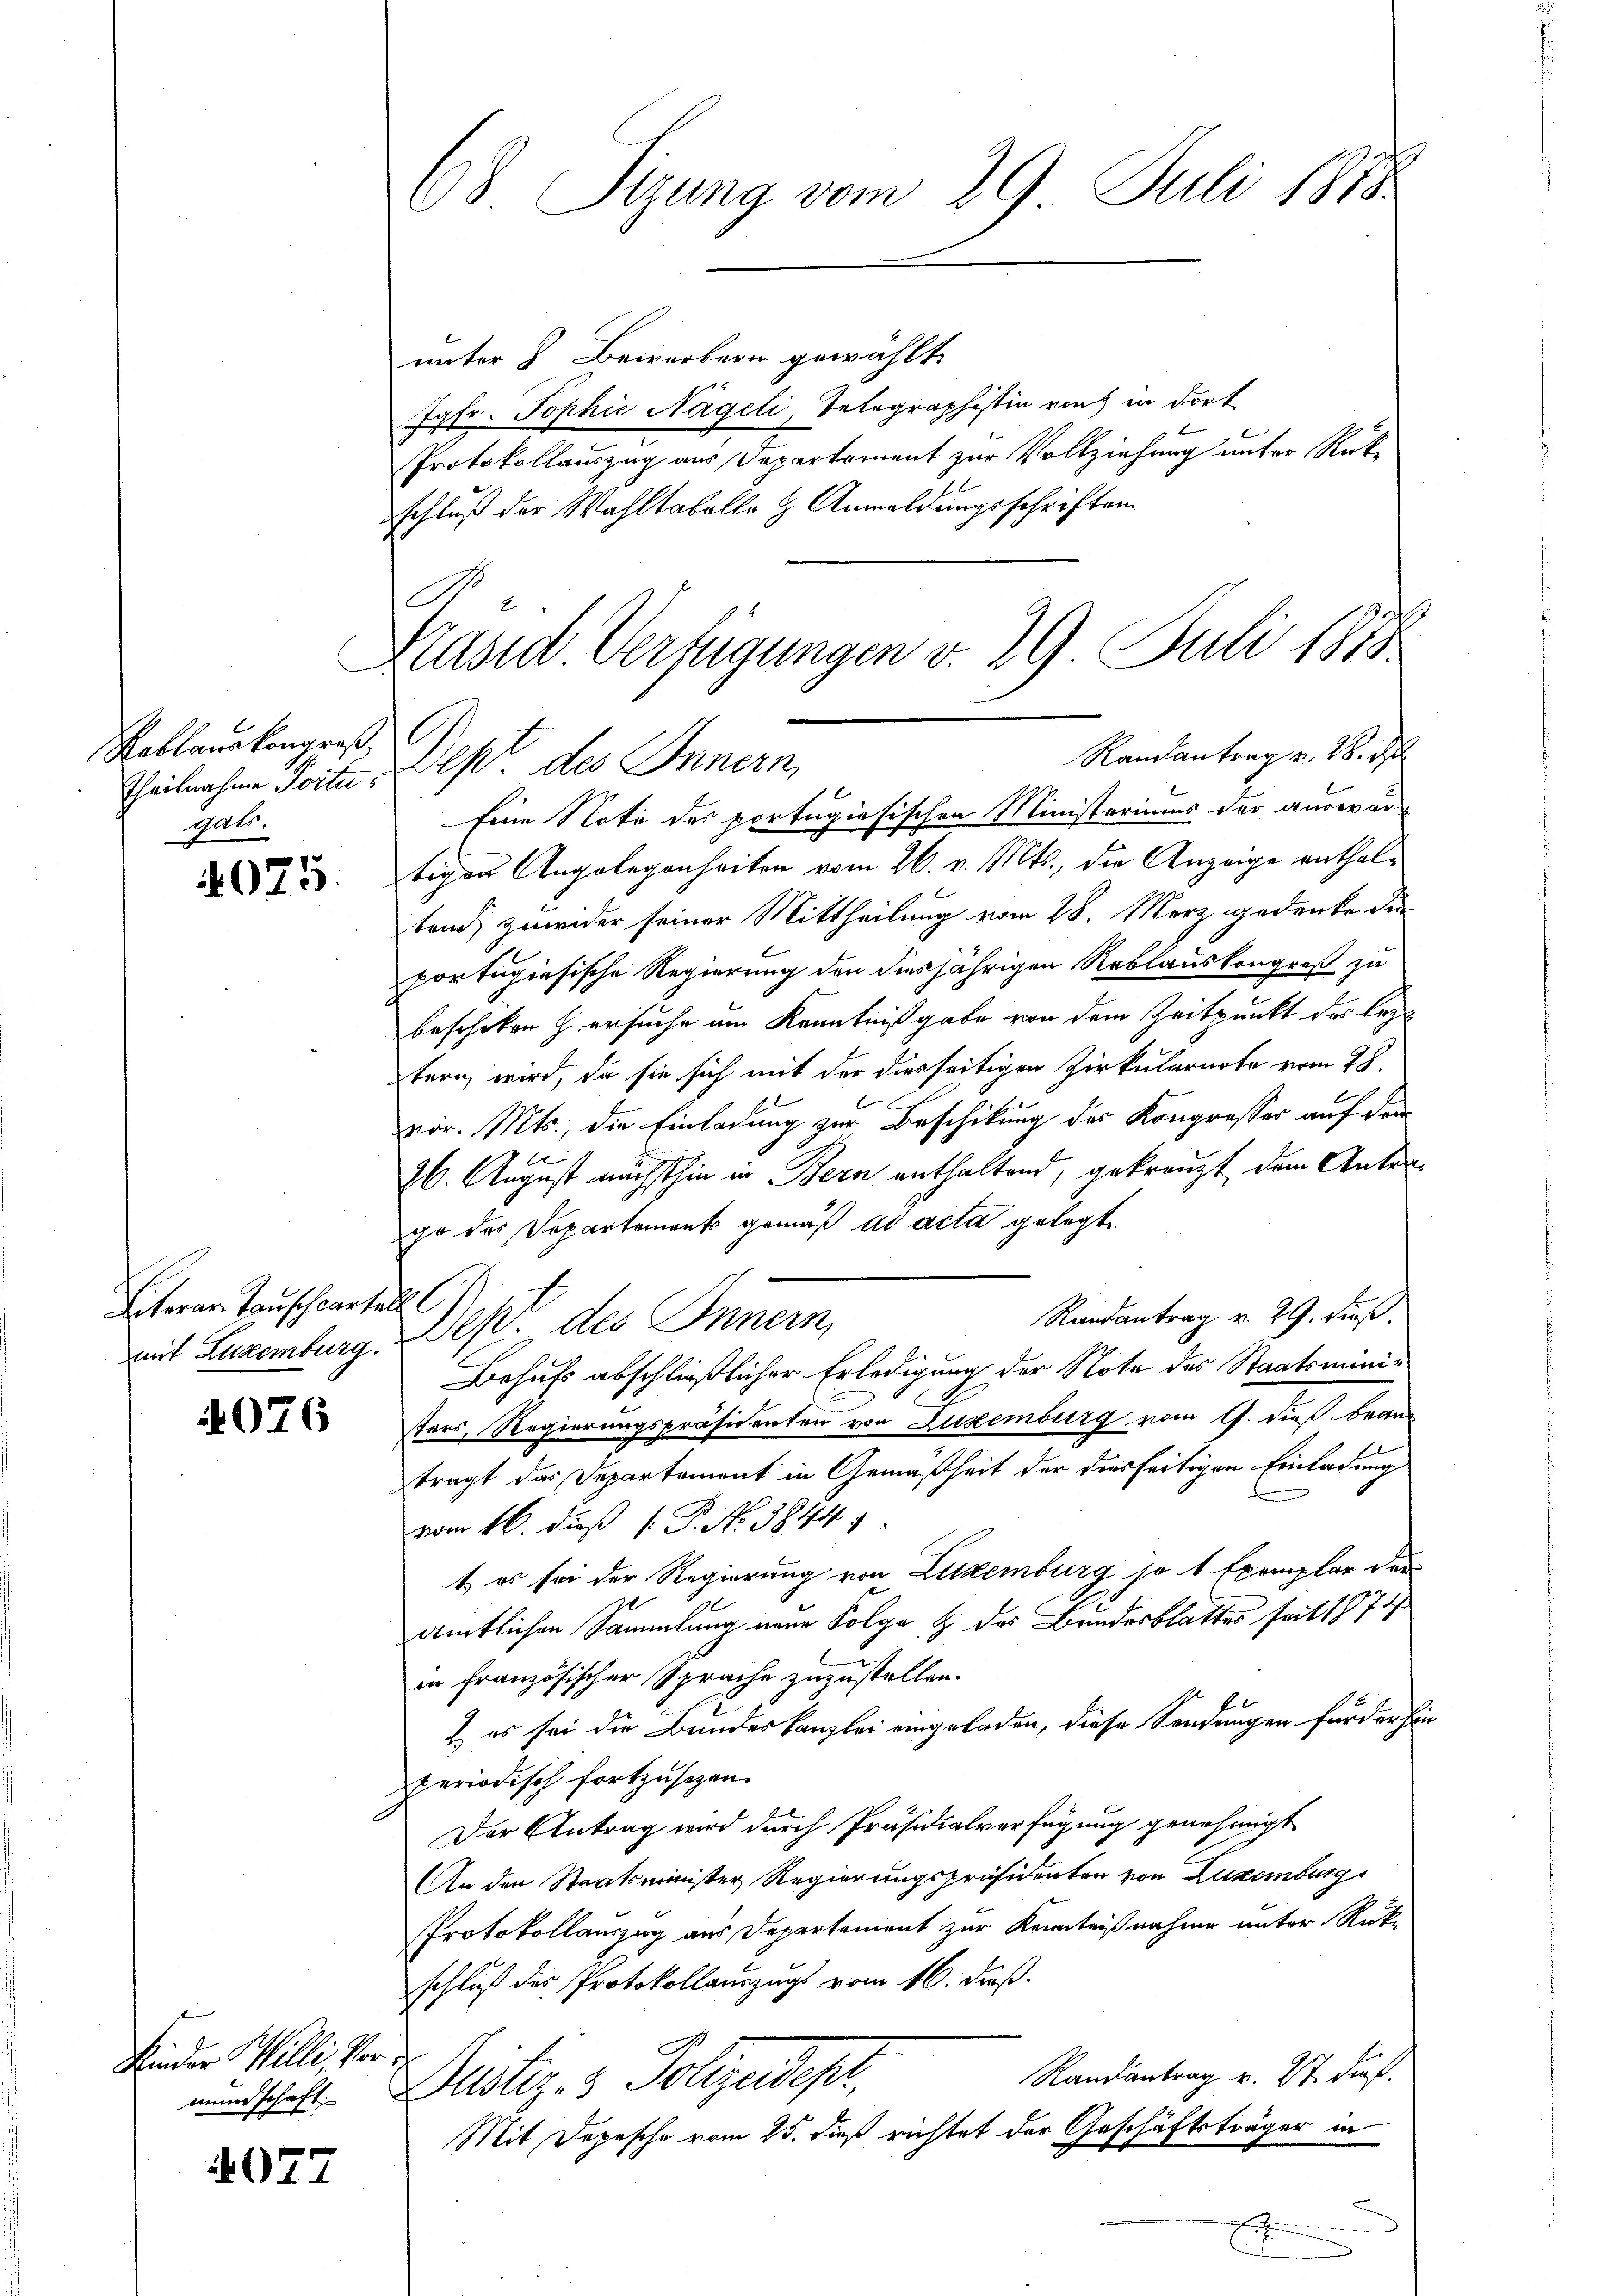
Reblauskongreß,
Theilnahme Portigato.

4075.

Literan Tauschlartall
mit Luxemburg.

4076

Kinder Willi, Vor d

4077

68 Sizung vom 29. Juli 1888

unter & Bewerbern gewählt.
Jgfr. Sophie Nägeli, Telegraphistin noch in dort
Protokollauszug aus Departement zur Vollziehung unter Rückschluß der Wahltabelle & Anmeldungsschriften
A
Kasd Verfügungen v. 29 Juli 1818

Randantrag v. 28. d
Dep. des Innern,
Eine Note des portugisischen Ministeriums der auswär¬

tigen Angelegenheiten vom 26. v. Mts., die Anzeige enthalten, zuwider seiner Mittheilung vom 28. Merz gedenke die
portugiesische Regierung den diesjährigen Reblauskongroß zu
beschiken h. ersuche am Kenntnißgabe von dem Zeitpunkt des lezt
tern, wird, da sie sich mit der diesseitigen Zirkularirte vom 28.
C
vor. Mts., die Einladung zur Beschikung des Kongresser auf den
26. August nächsthin in Bern enthaltend, gekreuzt, dem Antego der Departement gemäß ad acta gelegt
Randantrag v. 29. dieß.
Dept. des Innern
Behufs abschließlicher Erledigung der Note des Staatsministors, Regierungspräsidenten von Luxenburg vom 9. dieß brann
tragt das Departement in Gemäßheit der diesseitigen Einladung
vom 16. dieß P. No. 3844)
t, es sei der Regierung von Littemburg je 1 Exemplar der
ämtlichen Sammlung neue Folge & des Bundesblattes seit 1874
in französischer Sprache zuzustellen.
 es sei die Bundeskanzlei eingeladen, diese Sendungen für der her
periodisch fortzusehen.
Der Antrag wird durch Präsidialverfügung genehmigt
An den Staatsminister Regierungspräsidenten von Luxenburg
Protokollauszug aus Departement zur Kenntnißnahme unter Rückschluß der Protokollauszugs vom 16. dieß.
Randantrag v. 27. dieß.
mundschaft. Distiz- & Polizeidept,
Mit Depesche vom 25. daß richtet der Geschäftsträger in

J
E